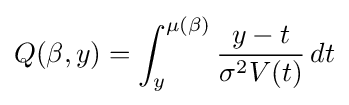
Q(\beta ,y)=\int _{y}^{\mu (\beta )}{\frac {y-t}{\sigma ^{2}V(t)}}\,dt